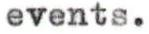
events.